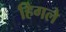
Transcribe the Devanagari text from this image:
हिगले